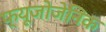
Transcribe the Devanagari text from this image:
फ्यूजोजेनिक